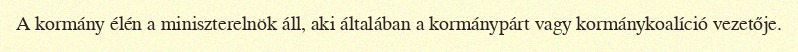
A kormány élén a miniszterelnök áll, aki általában a kormánypárt vagy kormánykoalíció vezetője.